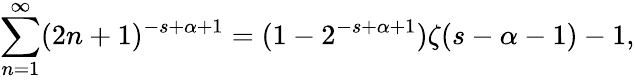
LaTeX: \sum_{n=1}^{\infty}(2n+1)^{-s+\alpha+1}=(1-2^{-s+\alpha+1})\zeta(s-\alpha-1)-1,